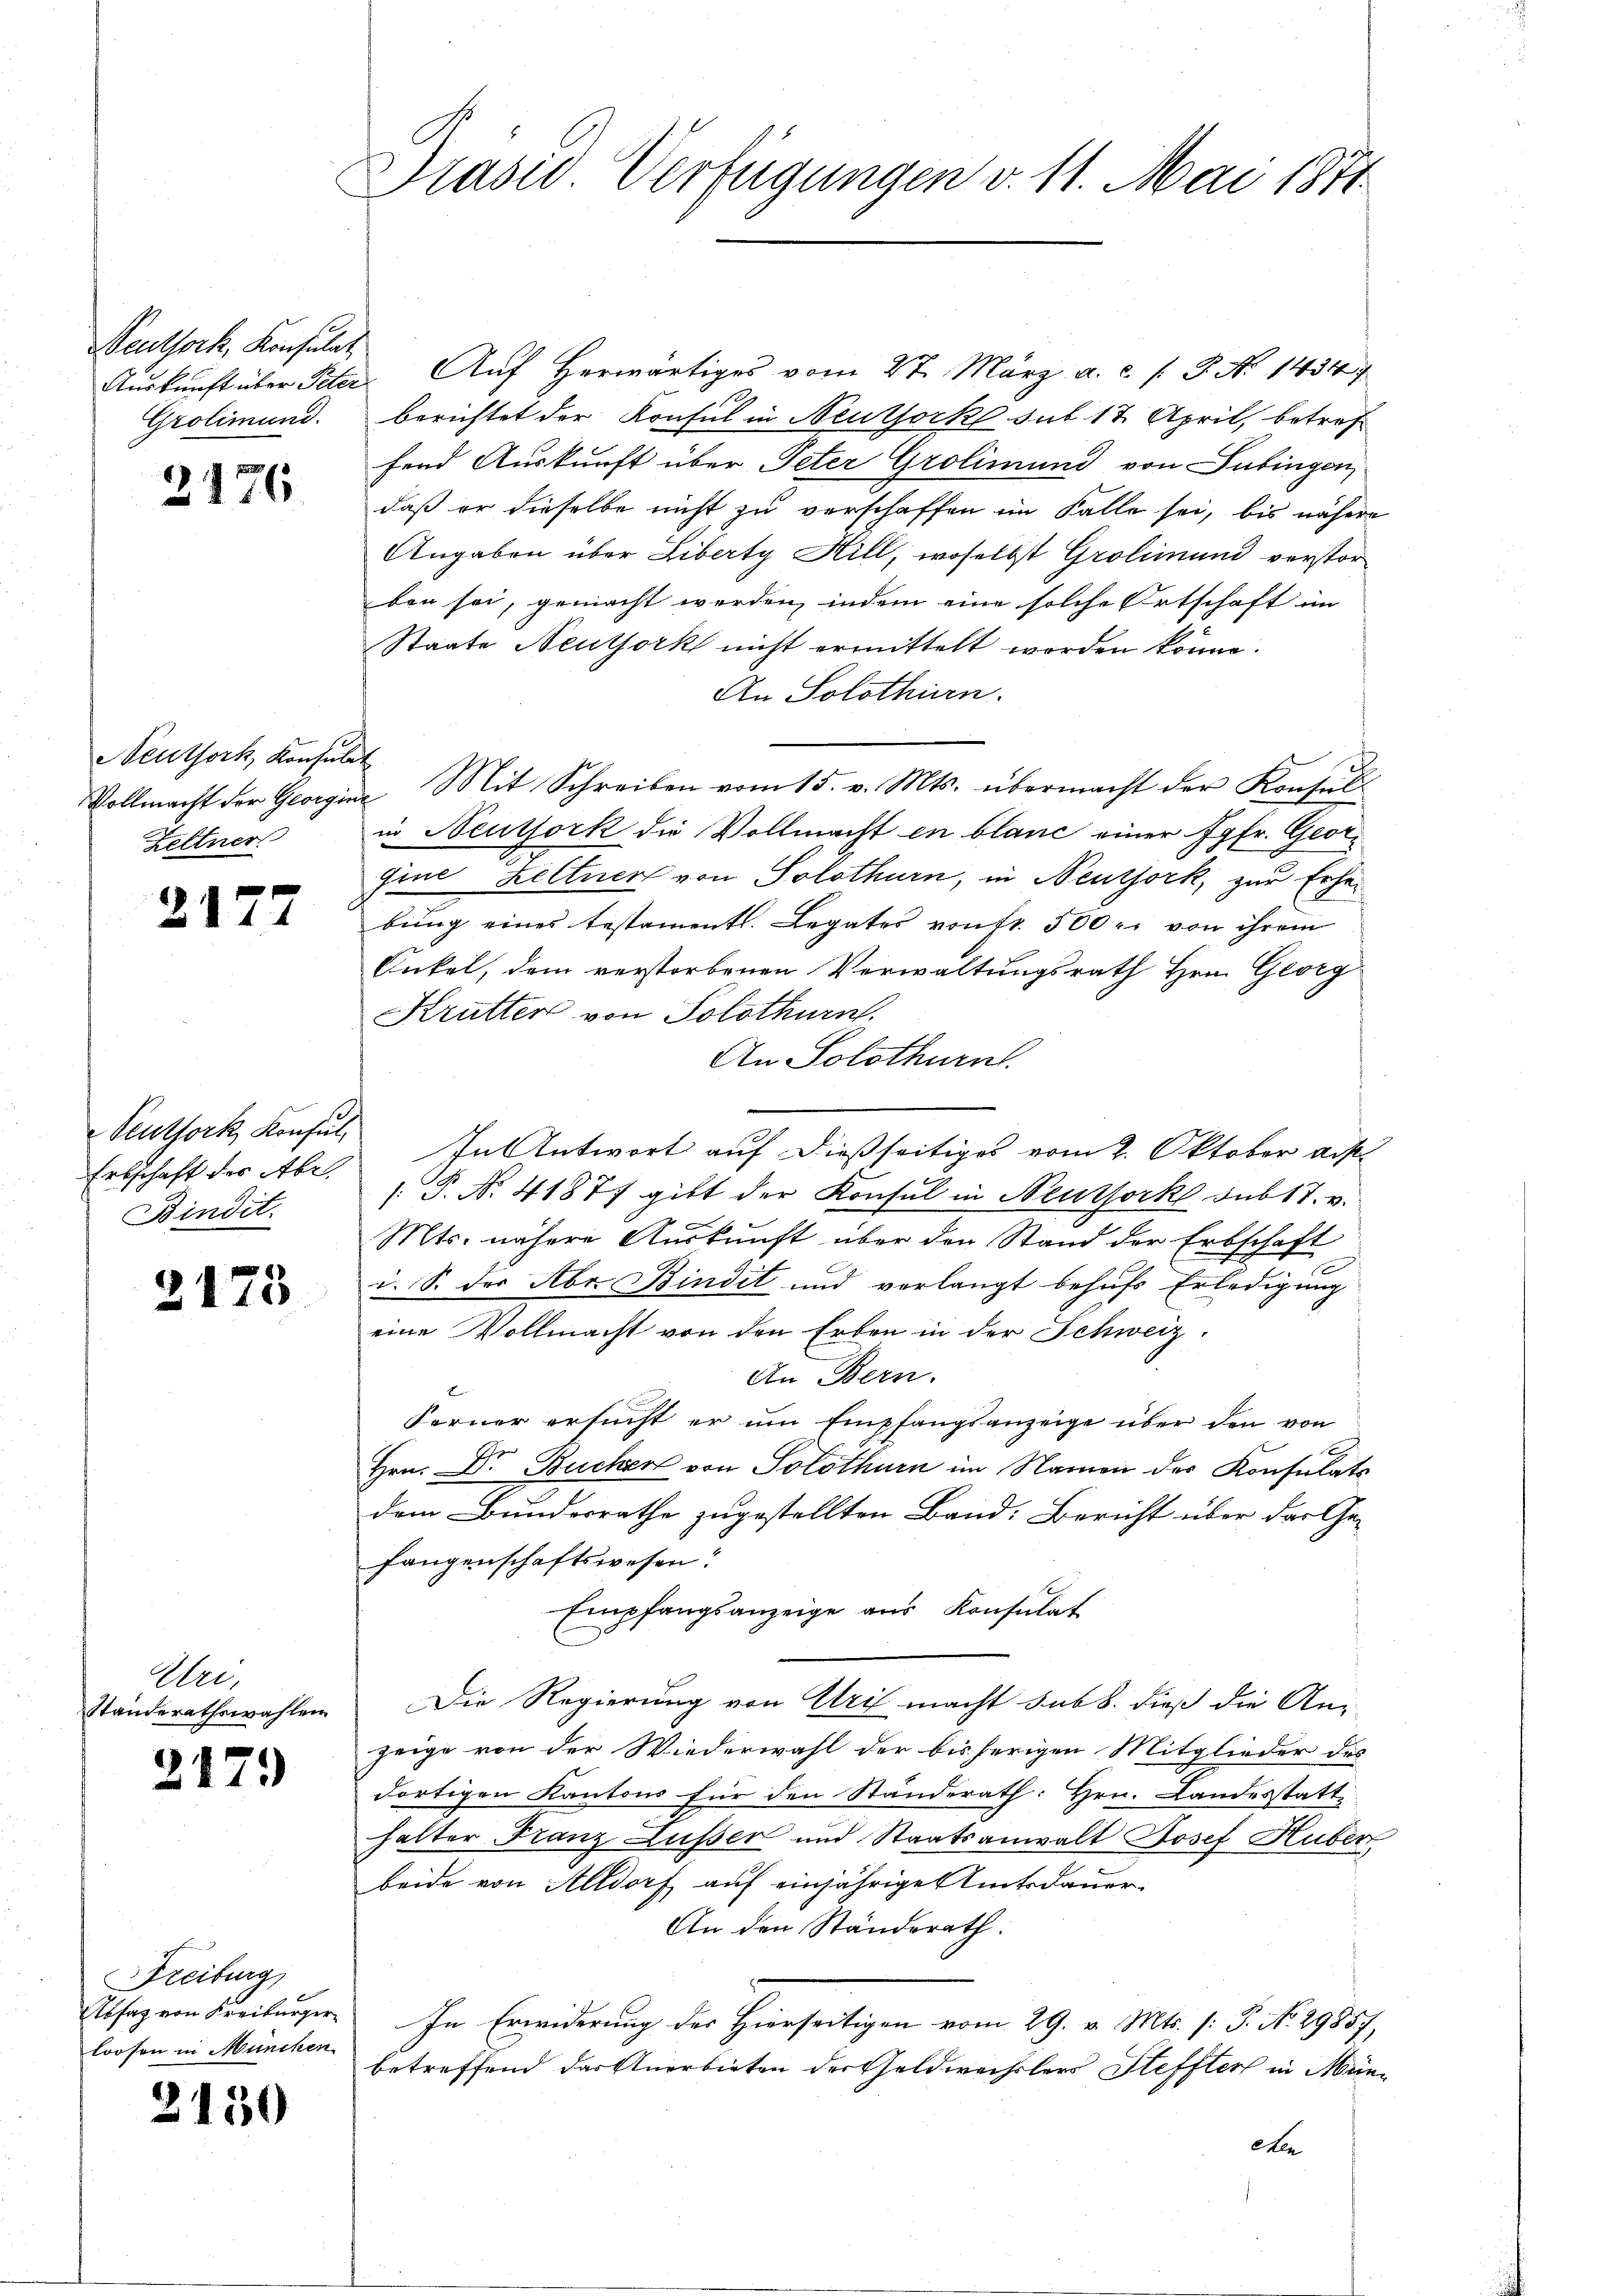
Seuthock, Konsulat
Grolimund.

2476

Neuthork, Konsulat
Heltner

2177

Seuthork, Konsul,
Erbschaft des Abr
Bindit.

2173

Uri,
Standerathswahlen.

2179

Freiburg
Abfaz von Freiburger
loosen in München

2150

Präses Verfügungen v. 11. Mai 1871

Auskunft über Peter. Auf Herwärtiges vom 27. März a. c. l. J. No 1434
berichtet der Konsul in Neuthock sub 17. April, betref
fend Auskunft über Peter Grolimund von Tübingen,
daß er dieselbe nicht zu verschaffen im Falle sei, bis nähere
Angaben über Liberty Hill, woselbst Grolimund verstorben sei, gemacht werden, indem eine solche Ortschaft im
Staate Neuthork nicht ermittelt worden könne.
An Solothurn.
Vollmacht der Georgine Mit Schreiben vom 15. v. Mts. übermacht der Konsŭlt
in Neuthork die Vollmacht in blanc einer Jgfr. Georgine Zeltner von Solothurn, in Neutjork, zur Erhebung eines testamentl. Legates von fr. 500 r. von ihrem
Onkel, dem verstorbenen Verwaltungsrath Hrn. Georg
Krütter von Solothurn.
An Solothurn.
In Antwort auf dießseitiges vom 2. Oktober aus.
.P. Nr. 41877 gibt der Konsul in Neustock sub 17. v.
Mts. nähere Auskunft über den Stand der Erbschaft
i. S. der Abr. Bindit und verlangt behufs Erledigung
eine Vollmacht von den Erben in der Schweiz.
An Bern.
Ferner ersucht er um Empfangsanzeige über den von
Hrn. Dr Bücher von Solothurn im Namen des Konsulats
dem Bundesrathe zugestellten Band: Bericht über das Ge-
fangenschaftswesen.
Empfangsanzeige aus Konsulat
Die Regierung von Uri macht sub b. dieß die An-
zeige von der Wiederwahl der bisherigen Mitglieder des
dortigen Kantons für den Standerath: Hrn. Landesstatt
halter Franz Lusser und Staatsanwalt Josef Huber
beide von Alldorf auf einjähriges Amtsdauer-
An den Ständerath.
In Erwiderung des Hierseitigen vom 29. v. Mts. (: P. No. 29857,
betreffend das Anerbieten der Geldwechslers Steffter in Mencen